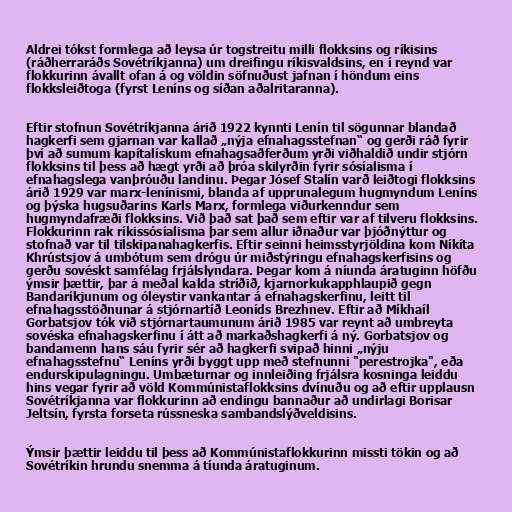
Aldrei tókst formlega að leysa úr togstreitu milli flokksins og ríkisins
(ráðherraráðs Sovétríkjanna) um dreifingu ríkisvaldsins, en í reynd var
flokkurinn ávallt ofan á og völdin söfnuðust jafnan í höndum eins
flokksleiðtoga (fyrst Leníns og síðan aðalritaranna).

Eftir stofnun Sovétríkjanna árið 1922 kynnti Lenín til sögunnar blandað
hagkerfi sem gjarnan var kallað „nýja efnahagsstefnan“ og gerði ráð fyrir
því að sumum kapítalískum efnahagsaðferðum yrði viðhaldið undir stjórn
flokksins til þess að hægt yrði að þróa skilyrðin fyrir sósíalisma í
efnahagslega vanþróuðu landinu. Þegar Jósef Stalín varð leiðtogi flokksins
árið 1929 var marx-lenínismi, blanda af upprunalegum hugmyndum Leníns
og þýska hugsuðarins Karls Marx, formlega viðurkenndur sem
hugmyndafræði flokksins. Við það sat það sem eftir var af tilveru flokksins.
Flokkurinn rak ríkissósíalisma þar sem allur iðnaður var þjóðnýttur og
stofnað var til tilskipanahagkerfis. Eftir seinni heimsstyrjöldina kom Níkíta
Khrústsjov á umbótum sem drógu úr miðstýringu efnahagskerfisins og
gerðu sovéskt samfélag frjálslyndara. Þegar kom á níunda áratuginn höfðu
ýmsir þættir, þar á meðal kalda stríðið, kjarnorkukapphlaupið gegn
Bandaríkjunum og óleystir vankantar á efnahagskerfinu, leitt til
efnahagsstöðnunar á stjórnartíð Leoníds Brezhnev. Eftir að Míkhaíl
Gorbatsjov tók við stjórnartaumunum árið 1985 var reynt að umbreyta
sovéska efnahagskerfinu í átt að markaðshagkerfi á ný. Gorbatsjov og
bandamenn hans sáu fyrir sér að hagkerfi svipað hinni „nýju
efnahagsstefnu“ Leníns yrði byggt upp með stefnunni "perestrojka", eða
endurskipulagningu. Umbæturnar og innleiðing frjálsra kosninga leiddu
hins vegar fyrir að völd Kommúnistaflokksins dvínuðu og að eftir upplausn
Sovétríkjanna var flokkurinn að endingu bannaður að undirlagi Borisar
Jeltsín, fyrsta forseta rússneska sambandslýðveldisins.

Ýmsir þættir leiddu til þess að Kommúnistaflokkurinn missti tökin og að
Sovétríkin hrundu snemma á tíunda áratuginum.